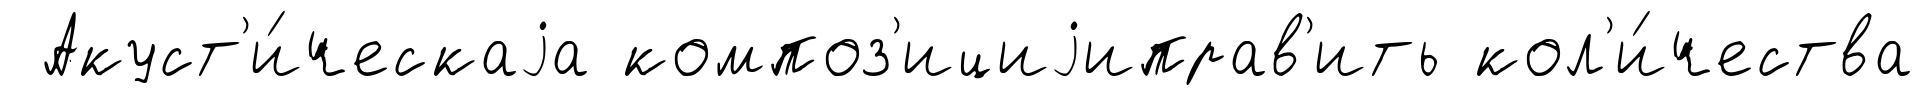
Акуст'и́ческаjа композ'ициjиправ'ить кол'и́чества